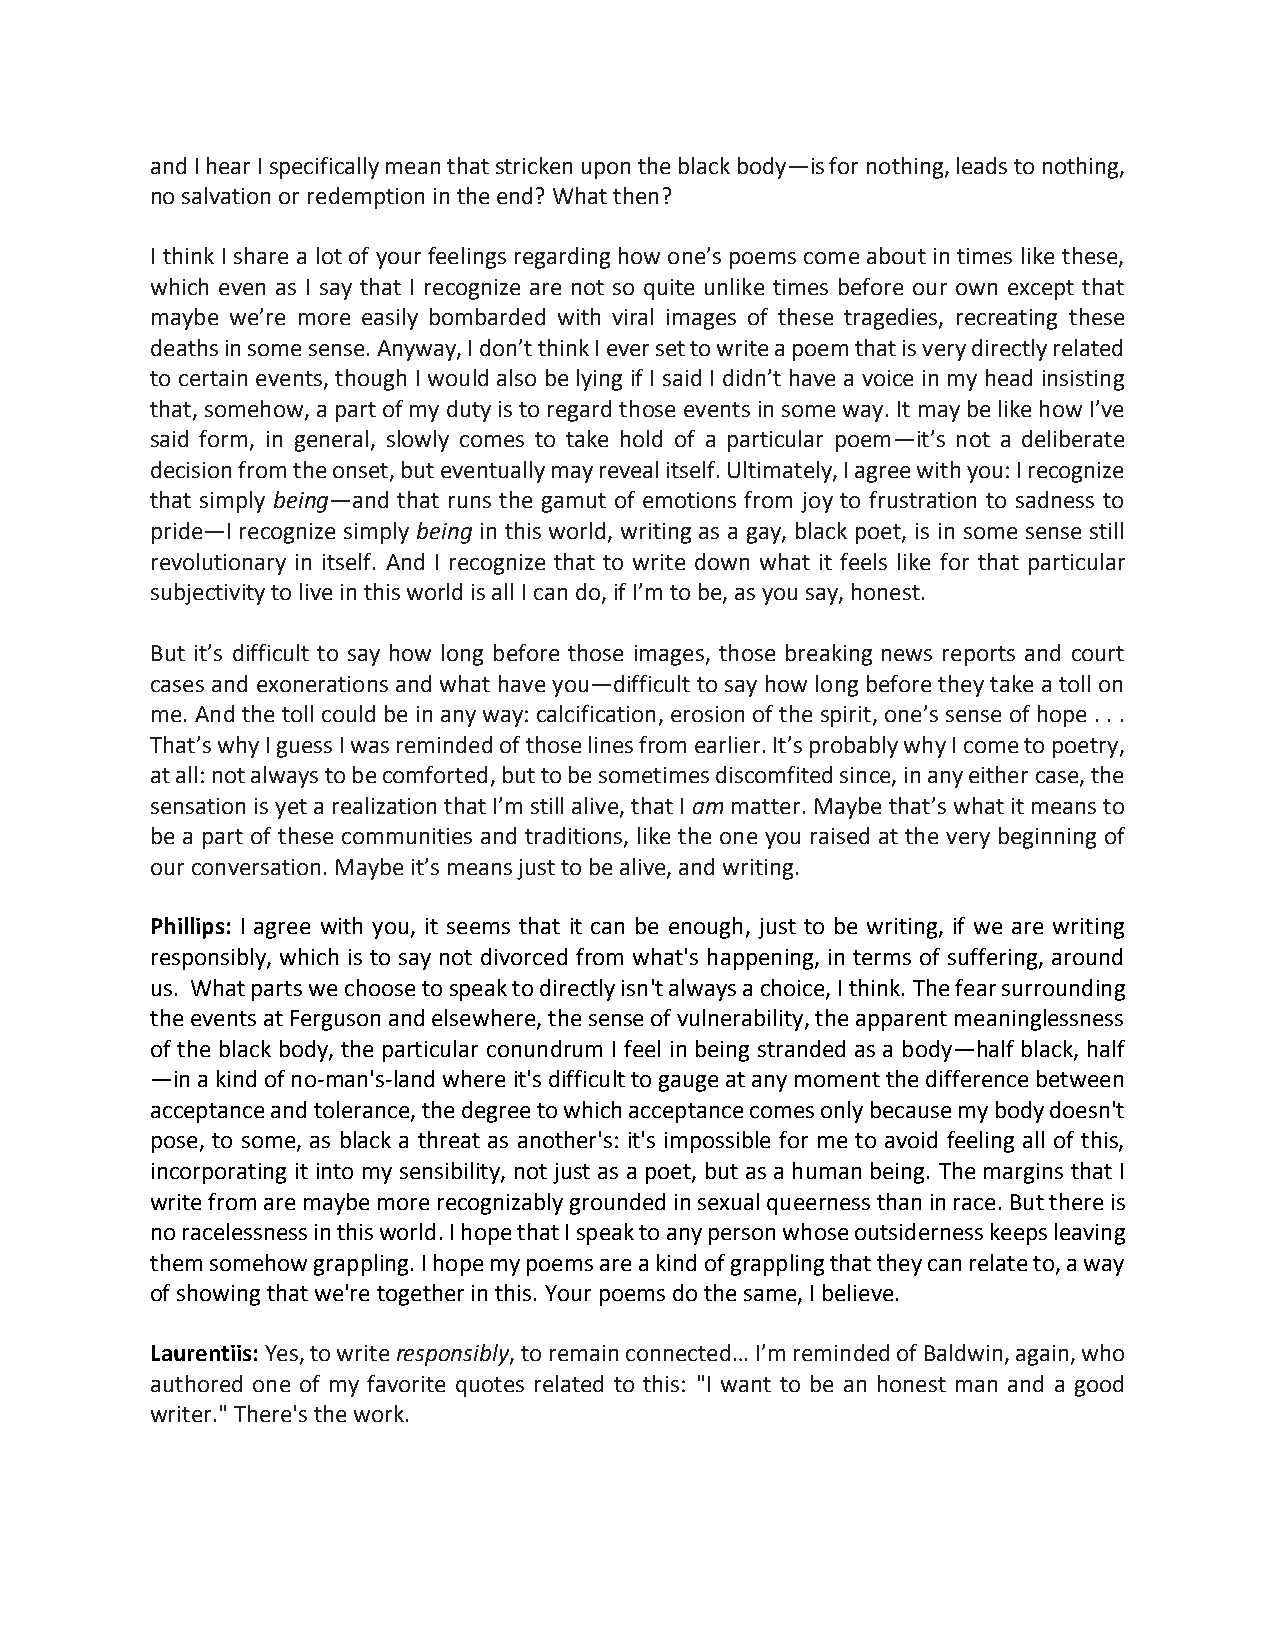
and I hear I specifically mean that stricken upon the black body—is for nothing, leads to nothing,
 no salvation or redemption in the end? What then?
 I think I share a lot of your feelings regarding how one’s poems come about in times like these,
 which even as I say that I recognize are not so quite unlike times before our own except that
 maybe we’re more easily bombarded with viral images of these tragedies, recreating these
 deaths in some sense. Anyway, I don’t think I ever set to write a poem that is very directly related
 to certain events, though I would also be lying if I said I didn’t have a voice in my head insisting
 that, somehow, a part of my duty is to regard those events in some way. It may be like how I’ve
 said form, in general, slowly comes to take hold of a particular poem—it’s not a deliberate
 decision from the onset, but eventually may reveal itself. Ultimately, I agree with you: I recognize
 that simply being—and that runs the gamut of emotions from joy to frustration to sadness to
 pride—I recognize simply being in this world, writing as a gay, black poet, is in some sense still
 revolutionary in itself. And I recognize that to write down what it feels like for that particular
 subjectivity to live in this world is all I can do, if I’m to be, as you say, honest.
 But it’s difficult to say how long before those images, those breaking news reports and court
 cases and exonerations and what have you—difficult to say how long before they take a toll on
 me. And the toll could be in any way: calcification, erosion of the spirit, one’s sense of hope . . .
 That’s why I guess I was reminded of those lines from earlier. It’s probably why I come to poetry,
 at all: not always to be comforted, but to be sometimes discomfited since, in any either case, the
 sensation is yet a realization that I’m still alive, that I am matter. Maybe that’s what it means to
 be a part of these communities and traditions, like the one you raised at the very beginning of
 our conversation. Maybe it’s means just to be alive, and writing.
 Phillips: I agree with you, it seems that it can be enough, just to be writing, if we are writing
 responsibly, which is to say not divorced from what's happening, in terms of suffering, around
 us. What parts we choose to speak to directly isn't always a choice, I think. The fear surrounding
 the events at Ferguson and elsewhere, the sense of vulnerability, the apparent meaninglessness
 of the black body, the particular conundrum I feel in being stranded as a body—half black, half
 —in a kind of no-man's-land where it's difficult to gauge at any moment the difference between
 acceptance and tolerance, the degree to which acceptance comes only because my body doesn't
 pose, to some, as black a threat as another's: it's impossible for me to avoid feeling all of this,
 incorporating it into my sensibility, not just as a poet, but as a human being. The margins that I
 write from are maybe more recognizably grounded in sexual queerness than in race. But there is
 no racelessness in this world. I hope that I speak to any person whose outsiderness keeps leaving
 them somehow grappling. I hope my poems are a kind of grappling that they can relate to, a way
 of showing that we're together in this. Your poems do the same, I believe.
 Laurentiis: Yes, to write responsibly, to remain connected… I’m reminded of Baldwin, again, who
 authored one of my favorite quotes related to this: "I want to be an honest man and a good
 writer." There's the work.